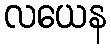
လယေန